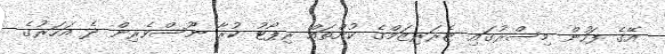
އޭގެ ފަހުން މިސްރުގައި ޓެރަރިޒަމްގެ ކުށްތައް ރިޕޯޓު ކުރާ ނޫސްވެރިން ދެ އަހަރުގެ